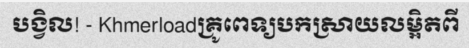
បង្វិល! - Khmerloadគ្រូពេទ្យបកស្រាយលម្អិតពី